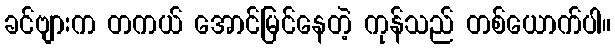
ခင်ဗျားက တကယ် အောင်မြင်နေတဲ့ ကုန်သည် တစ်ယောက်ပါ။